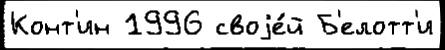
Конт'ин 1996 своjе́й Б'елотт'и